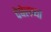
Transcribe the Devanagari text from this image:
देबेलच्या